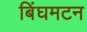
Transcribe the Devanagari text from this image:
बिंघमटन